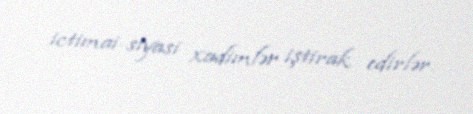
ictimai-siyasi xadimlər iştirak edirlər.